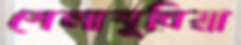
শেলাবুনিয়া